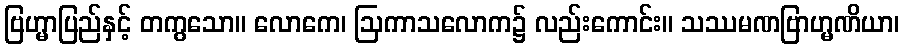
ဗြဟ္မာပြည်နှင့် တကွသော။ လောကေ၊ ဩကာသလောက၌ လည်းကောင်း။ သဿမဏဗြာဟ္မဏိယာ၊